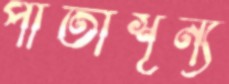
পাতাশূন্য